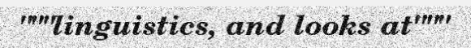
"""linguistics, and looks at"""